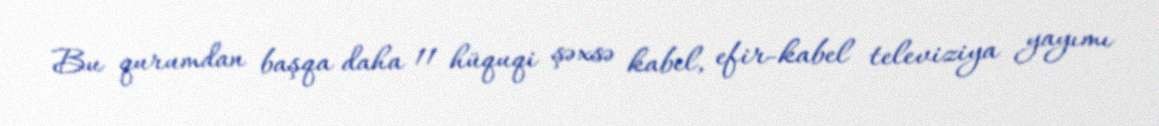
Bu qurumdan başqa daha 11 hüquqi şəxsə kabel, efir-kabel televiziya yayımı